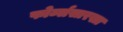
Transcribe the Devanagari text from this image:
फोर्ब्ससारखा